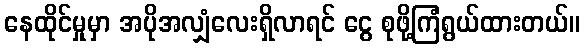
နေထိုင်မှုမှာ အပိုအလျှံလေးရှိလာရင် ငွေ စုဖို့ကြံရွယ်ထားတယ်။